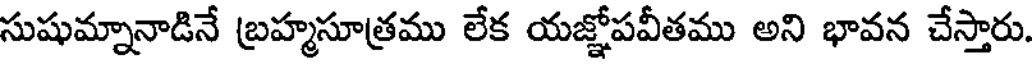
సుషుమ్నానాడినే బ్రహ్మసూత్రము లేక యజ్ఞోపవీతము అని భావన చేస్తారు.